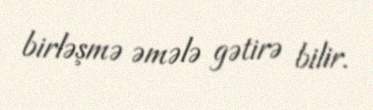
birləşmə əmələ gətirə bilir.